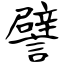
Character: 譬